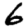
Digit: 6